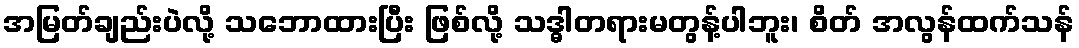
အမြတ်ချည်းပဲလို့ သဘောထားပြီး ဖြစ်လို့ သဒ္ဓါတရားမတွန့်ပါဘူး၊ စိတ် အလွန်ထက်သန်